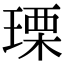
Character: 瑮